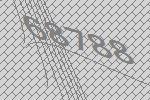
68788